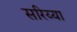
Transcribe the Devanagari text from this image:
सरिय्या